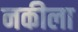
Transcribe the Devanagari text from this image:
नकीला